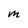
Character: M